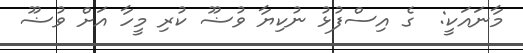
މާނައަކީ:  ގެ އިސްފުޅު ނުކިޔާ ވުޟޫ ކުރި މީހާ އަށް ވުޟޫ